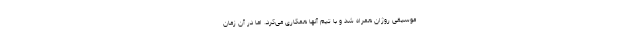
موسیقی روژان همراه شد و با تیم آنها همکاری می‌کرد. اما در آن زمان